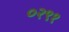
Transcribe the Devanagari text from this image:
०२९१